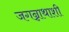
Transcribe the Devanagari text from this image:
जगन्नाथाशी